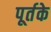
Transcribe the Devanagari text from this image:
पूर्तके